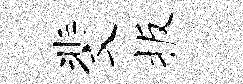
斐扳